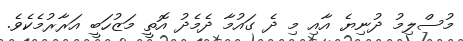
މުސްލިމު ދުނިޔެ އާއި މި ދެ ގައުމާ ދެމެދު އޮތީ މަޒުހަބީ އަރާރުމެކެވެ.